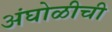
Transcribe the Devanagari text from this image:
अंघोळीची